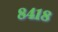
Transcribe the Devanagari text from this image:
८४१८